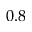
0 . 8